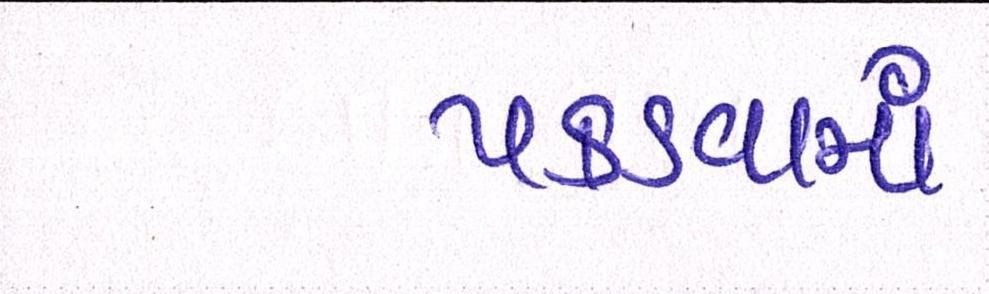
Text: પકડવામાં